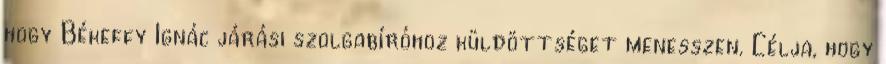
hogy Békeffy Ignác járási szolgabíróhoz küldöttséget menesszen. Célja, hogy